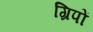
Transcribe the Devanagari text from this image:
ग्रिपों